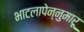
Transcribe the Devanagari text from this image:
भाटलापेन्नुमारू